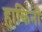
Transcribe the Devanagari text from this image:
हाकिनो